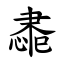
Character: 䏋